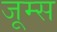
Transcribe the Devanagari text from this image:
जूम्स